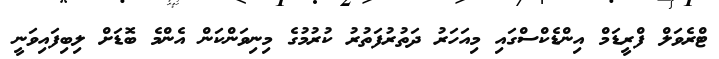
ޓްރެވަލް ފްރީޑަމް އިންޑެކްސްގައި މިއަހަރު ދަތުރުފަތުރު ކުރުމުގެ މިނިވަންކަން އެންމެ ބޮޑަށް ލިބިފައިވަަނީ